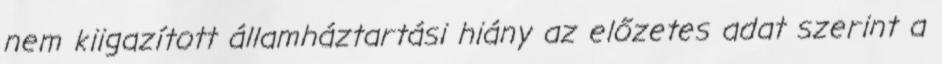
nem kiigazított államháztartási hiány az előzetes adat szerint a